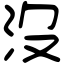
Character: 沒